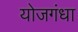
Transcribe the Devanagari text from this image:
योजगंधा